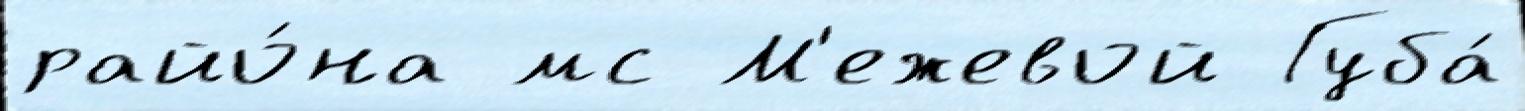
райо́на мс М'ежевой Губа́